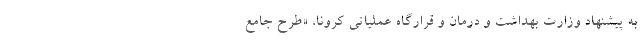
به پیشنهاد وزارت بهداشت و درمان و قرارگاه عملیاتی کرونا، «طرح جامع